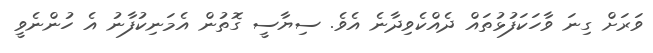
ވަރަށް ގިނަ ވާހަކަފުޅުތައް ދެއްކެވިދާނެ އެވެ. ސިޔާސީ ގޮތުން އެމަނިކުފާނު އެ ހުންނެވީ